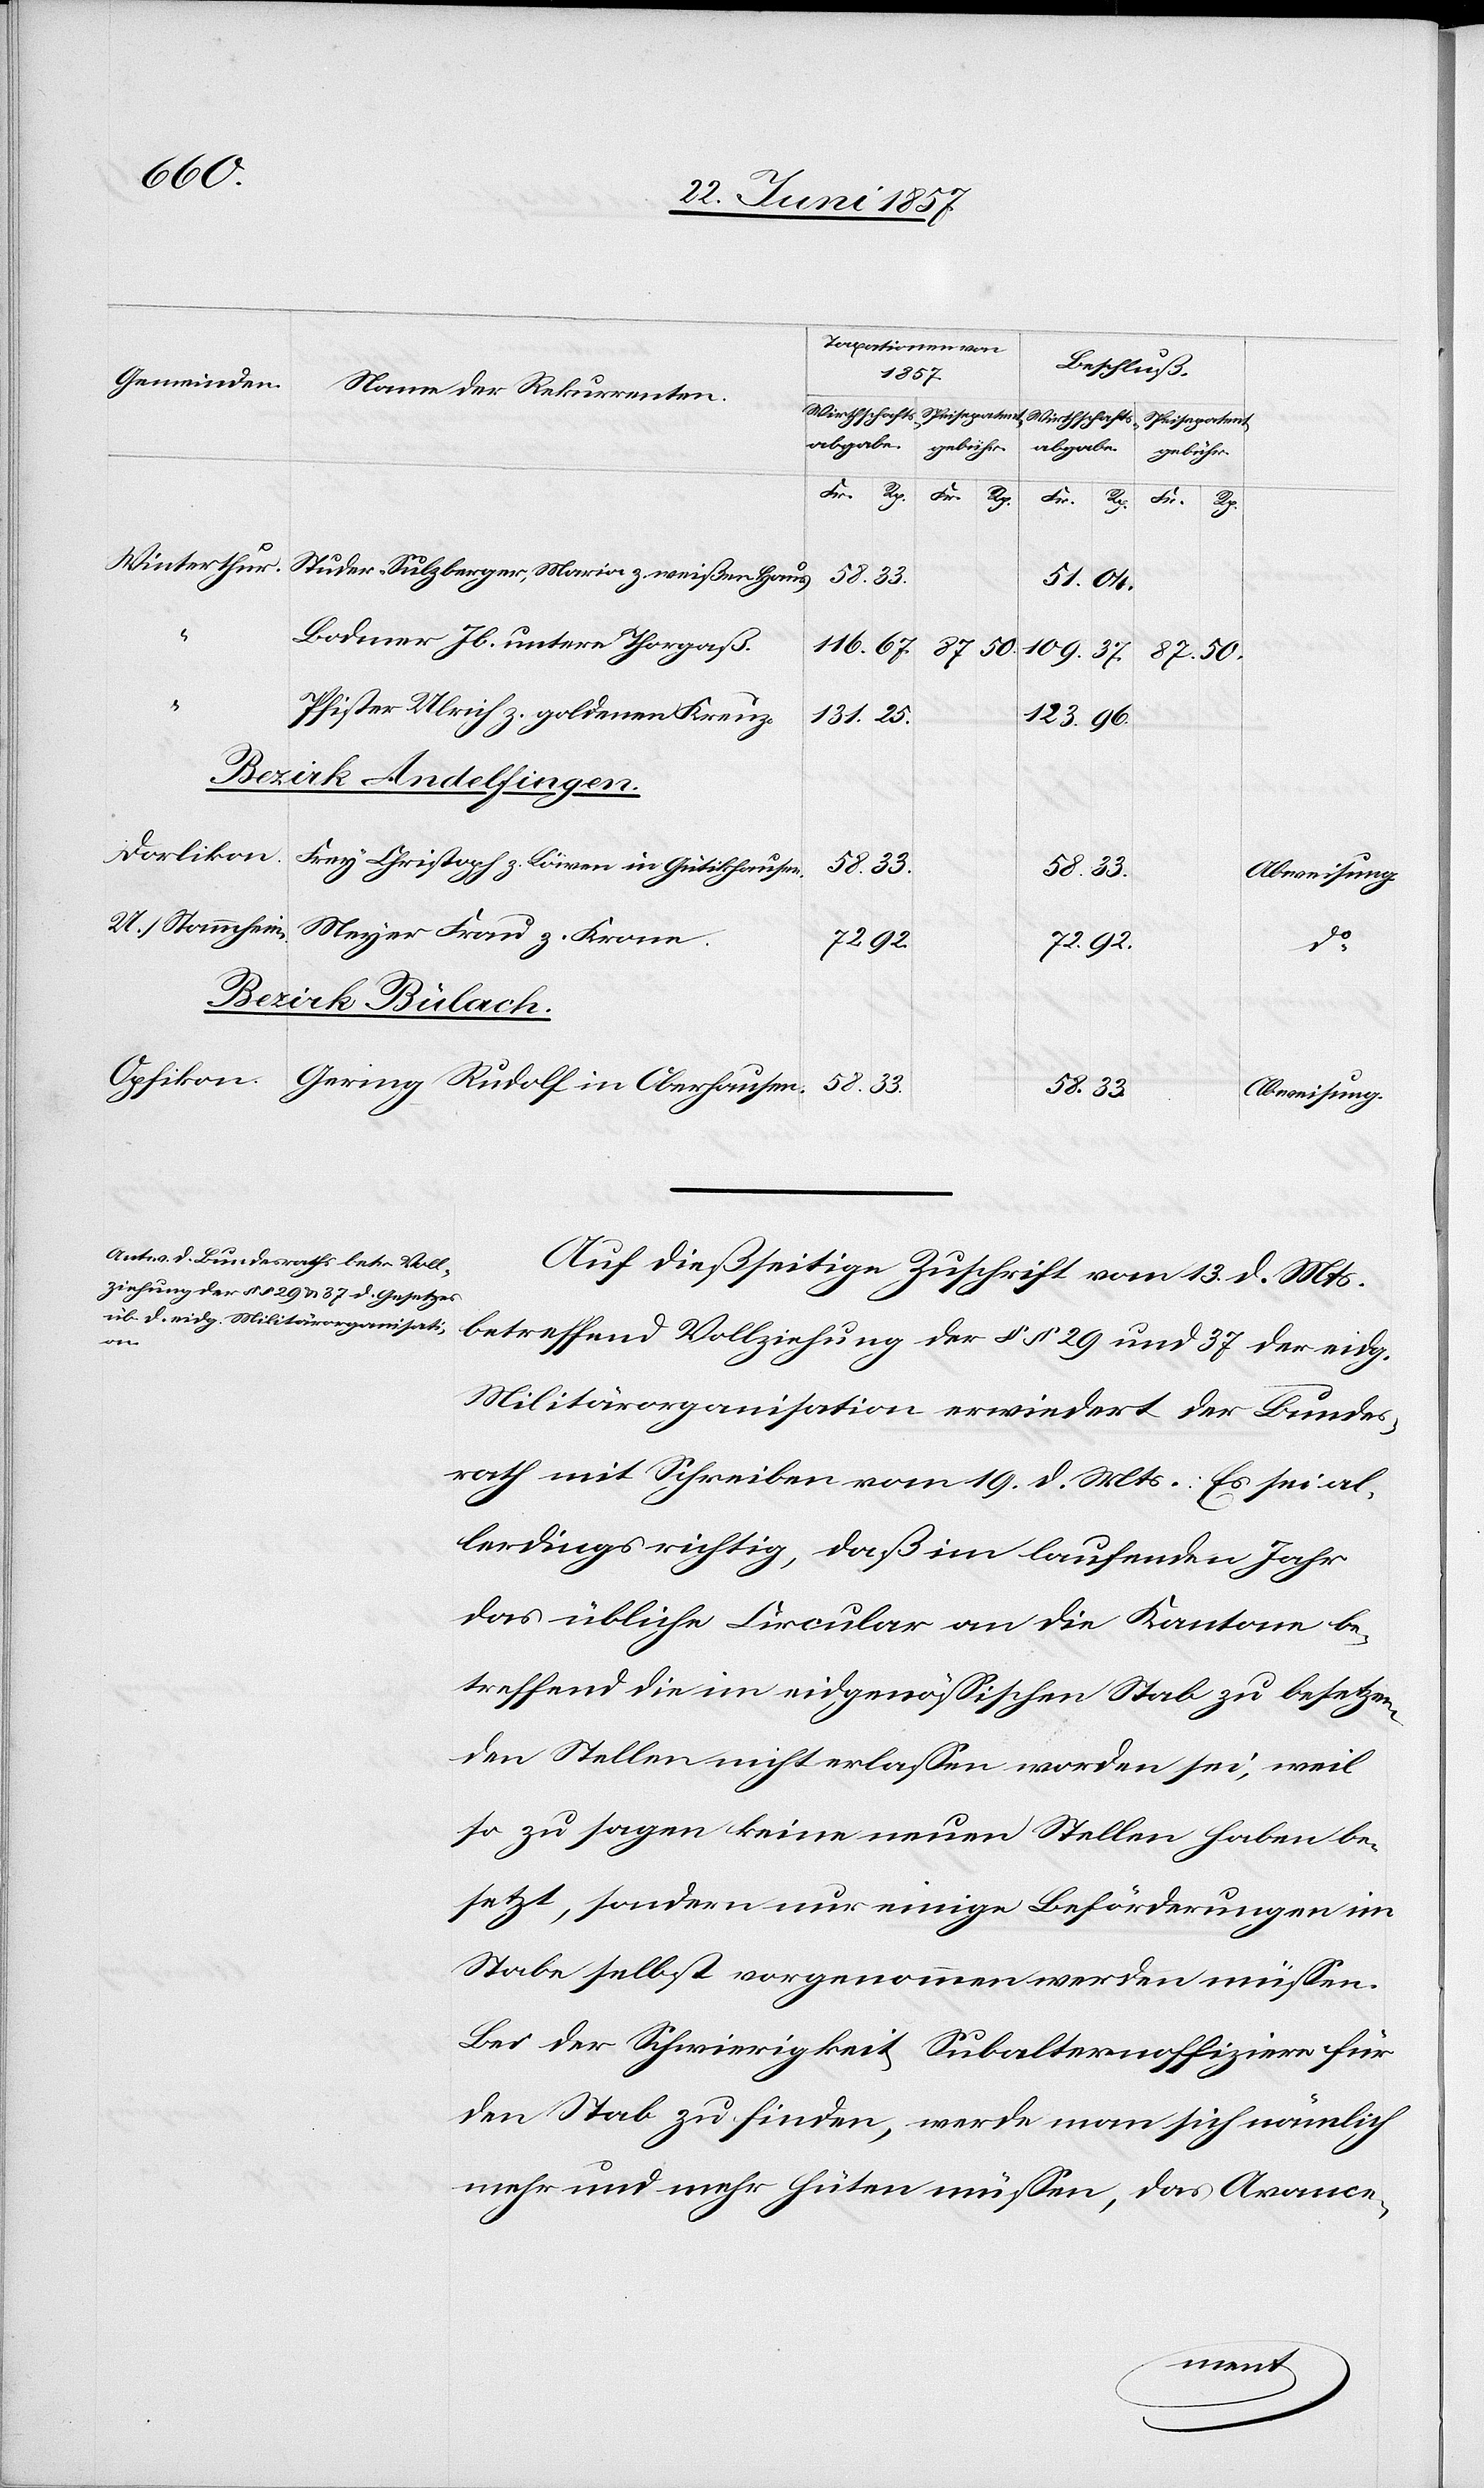
Haus.
58 /
U.
Bodmer Jb. untere Thorgaß.
87
33
109 / 37
87 / 50
Pfister Ulrich z. goldenen Kreuz
131 / 25
123
96
Bezirk Andelfingen
Dorlikon
Frey Christoph z. Löwen in Gutikhausen
58 / 33
Abweisung
72 / 92
72 /
do
Bezirk Bülach
Oberhausen.
Auf dießseitige Zuschrift vom 13 d. Mts.
in
betreffend Vollziehung der §§ 29 und 37 der eidg.
Militärorganisation erwiedert der Bundes¬
rath mit Schreiben vom 19 d. Mts.: Es sei al¬
lerdings richtig, daß im laufenden Jahr
das übliche Circular an die Kantone be¬
treffend die im eidgenössischen Stab zu besetzen¬
den Stellen nicht erlassen worden sei, weil
so zu sagen keine neuen Stellen haben be¬
setzt, sondern nur einige Beförderungen im
Stabe selbst vorgenommen werden müssen.
Bei der Schwierigkeit Subalternoffiziere für
den Stab zu finden, werde man sich nämlich
mehr und mehr hüten müssen, das Avance-